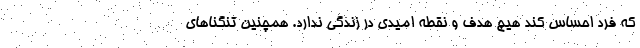
که فرد احساس کند هیچ هدف و نقطه امیدی در زندگی ندارد. همچنین تنگناهای